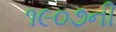
૧૯૦૭ની